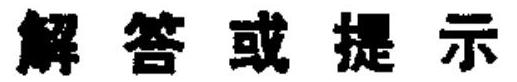
解答或提示